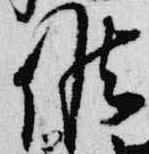
候